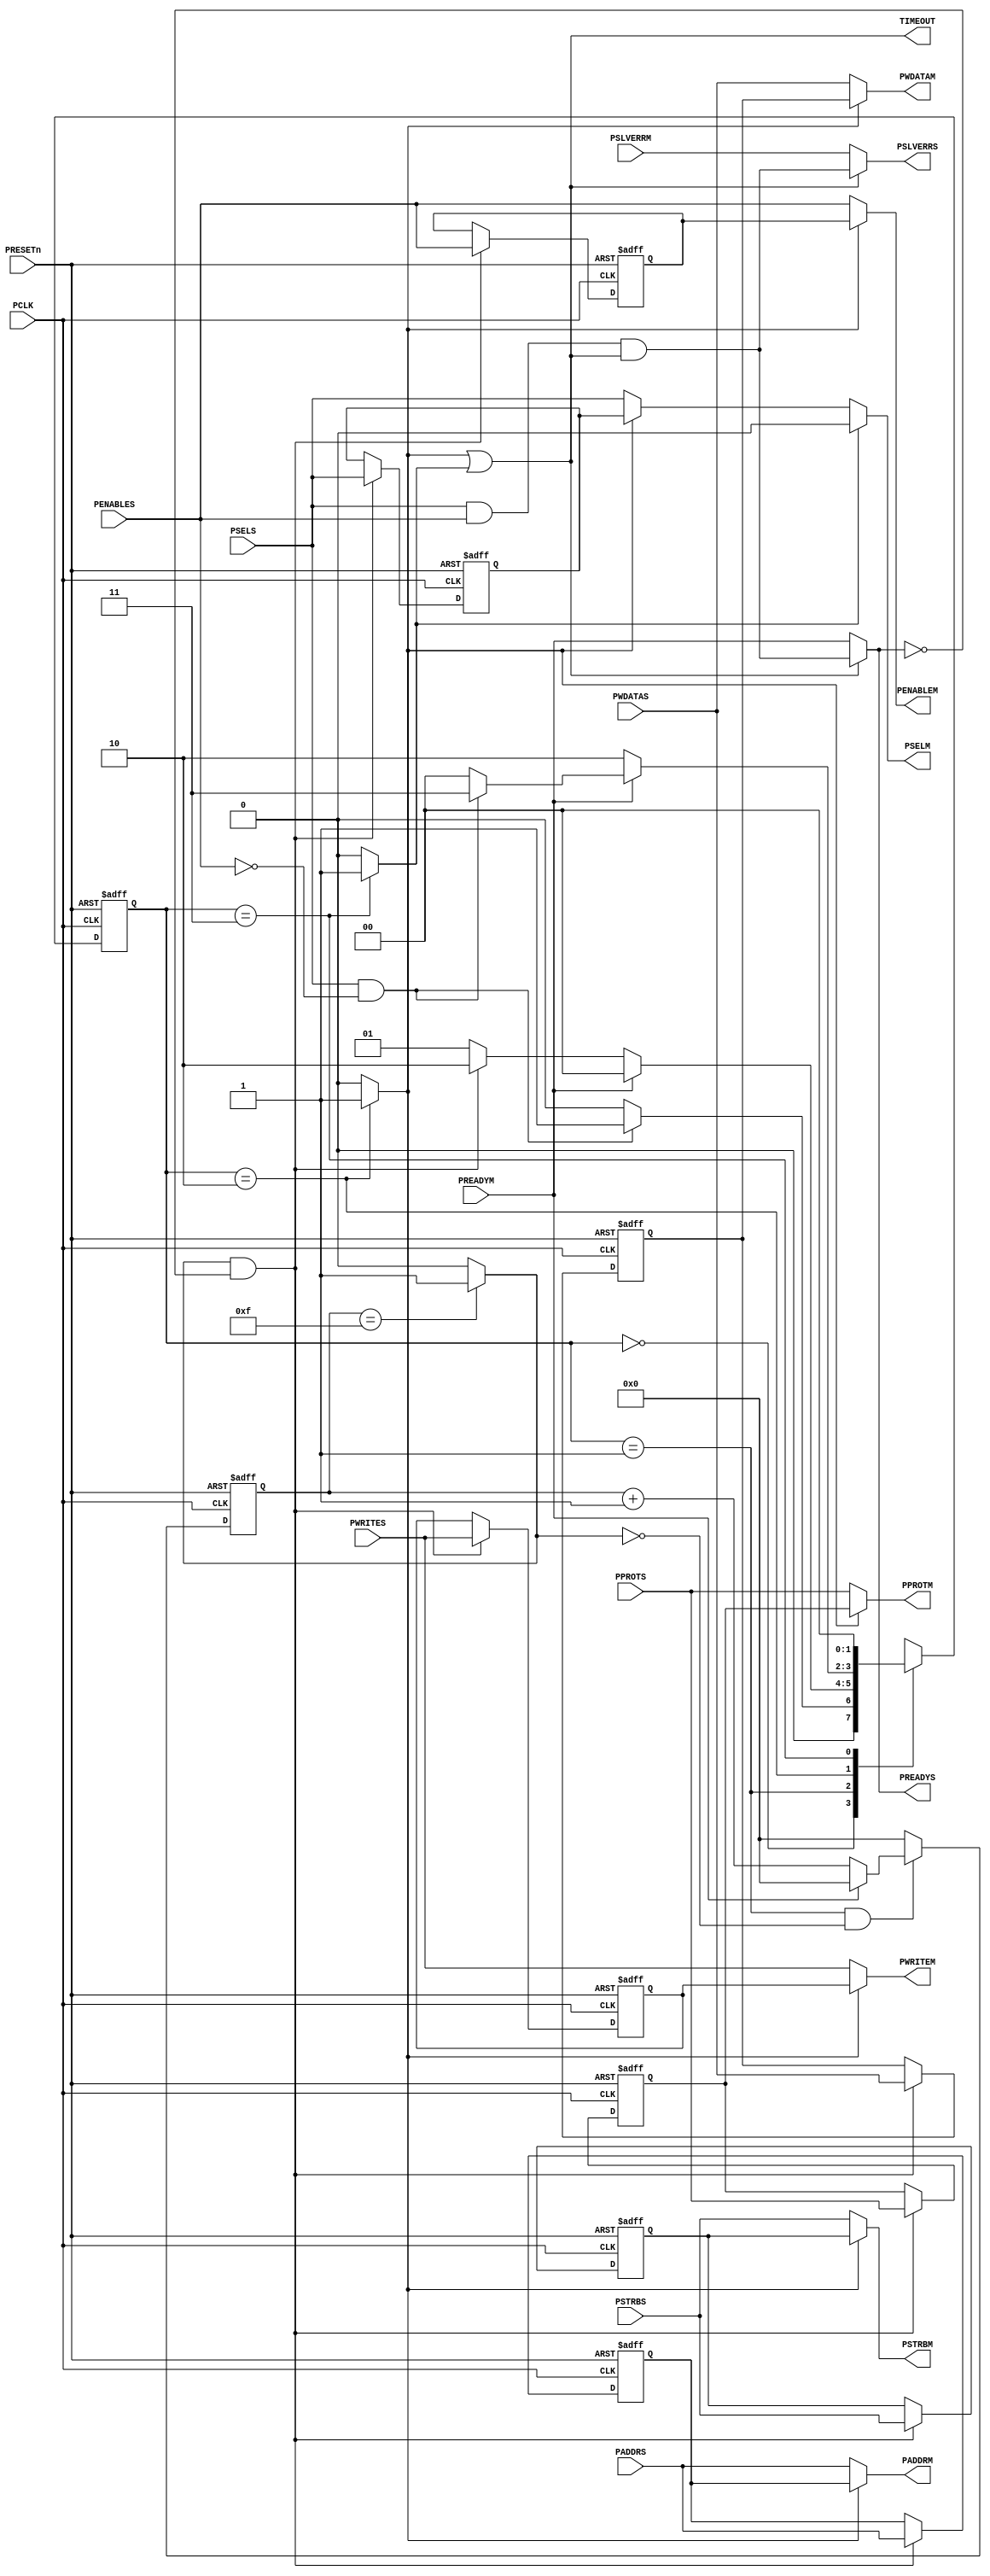
//-----------------------------------------------------------------------------
// The confidential and proprietary information contained in this file may
// only be used by a person authorised under and to the extent permitted
// by a subsisting licensing agreement from ARM Limited.
//
//            (C) COPYRIGHT 2010-2013 ARM Limited.
//                ALL RIGHTS RESERVED
//
// This entire notice must be reproduced on all copies of this file
// and copies of this file may only be made by a person if such person is
// permitted to do so under the terms of a subsisting license agreement
// from ARM Limited.
//
//      SVN Information
//
//      Checked In          : $Date: 2013-01-09 12:55:25 +0000 (Wed, 09 Jan 2013) $
//
//      Revision            : $Revision: 233070 $
//
//      Release Information : Cortex-M System Design Kit-r1p0-00rel0
//
//-----------------------------------------------------------------------------
//-----------------------------------------------------------------------------
// Abstract : APB time out monitor module, used to monitor the slave's PREADY singal.
//            When the PREADY signal is not active for a pre-defined cycle, the time out
//            monitor will issue an error response to the master and block the access to
//            the slave. The timeout monitor will unblock the slave if a ready signal is
//            issued from the slave
//-----------------------------------------------------------------------------

module cmsdk_apb_timeout_mon #(
//--------------------------------------------------------------------------------------------
// Parameters
//--------------------------------------------------------------------------------------------

parameter      ADDRWIDTH      = 12,  //APB slave address width
parameter      TIME_OUT_VALUE = 16)  //The number of cycles of wait state to triger the timeout, must be greater
                                     // than 2 and less than 1024
 (
//--------------------------------------------------------------------------------------------
// IO delcaration
//--------------------------------------------------------------------------------------------

  input  wire                  PCLK,
  input  wire                  PRESETn,

//Signals connect APB master to timeout monitor
  input  wire                  PSELS,
  input  wire                  PENABLES,
  input  wire [ADDRWIDTH-1:0]  PADDRS,
  input  wire [2:0]            PPROTS,    //APB protect signal
  input  wire                  PWRITES,
  input  wire [31:0]           PWDATAS,
  input  wire [3:0]            PSTRBS,    //APB byte strobe signal

  output wire                  PREADYS,   //slave ready signal
  output wire                  PSLVERRS,  //slave error siganl

//Signals connect timeout monitor to APB slave
  output wire                  PSELM,
  output wire                  PENABLEM,
  output wire [ADDRWIDTH-1:0]  PADDRM,
  output wire [2:0]            PPROTM,    //APB protect signal
  output wire                  PWRITEM,
  output wire [31:0]           PWDATAM,
  output wire [3:0]            PSTRBM,    //APB byte strobe signal

  input  wire                  PREADYM,   //slave ready signal
  input  wire                  PSLVERRM,  //slave error signals

//TIMEOUT indicator
  output wire                  TIMEOUT);  //Timeout signal, indicate slave is in timeout state

//--------------------------------------------------------------------------------------------
// Local Parameters
//--------------------------------------------------------------------------------------------
localparam     ARM_TIMEOUT_COUNT_WIDTH =        //Timout counter width, maximum 10
                             (TIME_OUT_VALUE <= 16)  ?  4 :
                             (TIME_OUT_VALUE <= 32)  ?  5 :
                             (TIME_OUT_VALUE <= 64)  ?  6 :
                             (TIME_OUT_VALUE <= 128) ?  7 :
                             (TIME_OUT_VALUE <= 256) ?  8 :
                             (TIME_OUT_VALUE <= 512) ?  9 : 10;


//--------------------------------------------------------------------------------------------
// Internal signals
//--------------------------------------------------------------------------------------------

//Local parameter for main control FSM
localparam         ARM_TIMEOUT_WAIT_IDLE           = 2'b00,
                   ARM_TIMEOUT_WAIT_CNT            = 2'b01,
                   ARM_TIMEOUT_WAIT_TIMEOUT        = 2'b10,
                   ARM_TIMEOUT_WAIT_TIMEOUT_DELAY  = 2'b11;



//Locked APB transfer control signals from master to slvae
wire               lock_en;             //Lock enable signal, only valid for the first
                                        // cycle when the main control FSM enter TIMEOUT state

reg                locked_psels;
reg                locked_penables;
reg[ADDRWIDTH-1:0] locked_paddrs;
reg[2:0]           locked_pprots;      //APB protect signal
reg                locked_pwrites;
reg[31:0]          locked_pwdatas;
reg[3:0]           locked_pstrbs;      //APB byte strobe signal


//Muxing control signals
wire               timeout_sel_s;      //timeout control signal for muxing the correct
                                       // slave output signal to master
wire               timeout_sel_m;      //timeout control signal for muxing the correct
                                       // master output signal to slave

//wait state counter FSM and counter signals
reg [1:0]          timeout_fsm_state;           //wait state FSM current state register
reg [1:0]          timeout_fsm_state_nxt;       //wait state FSM next state register

reg [ARM_TIMEOUT_COUNT_WIDTH-1:0]  timeout_cnt;        // wait state counter
reg [ARM_TIMEOUT_COUNT_WIDTH-1:0]  nxt_timeout_cnt;    // next state for wait state counter
wire[ARM_TIMEOUT_COUNT_WIDTH-1:0]  timeout_cnt_inc1;   // wait state counter increase 1
wire               reach_timeout_thrhold;              // Counter reach the timeout threshhold
wire               enter_timeout;                      // Enter timeout state control signal



//Error response signal generated by timeout monitor
wire               err_resp_ready;             //Fake ready signal from timeout monitor
wire               err_resp_slverr;            //Fake response signal from timeout monitor

//timeout signals
wire               timeout_main;               //indicate main ctonrl FSM in TIMEOUT state
wire               timeout_delay;              //indicate main ctonrl FSM in TIMEOUT Delay state

//--------------------------------------------------------------------------------------------
// module logic start
//--------------------------------------------------------------------------------------------


//--------------------------------------------------------------------------------------------
// Main control FSM
//--------------------------------------------------------------------------------------------

assign            reach_timeout_thrhold = (timeout_cnt== (TIME_OUT_VALUE-1))? 1'b1:1'b0;

assign            enter_timeout         = ((reach_timeout_thrhold)&(PREADYS==1'b0));
                                //Reach the time out threshhold and no ready signal

//WAIT STATE FSM, state update
always @(posedge PCLK or negedge PRESETn)
begin
  if (~PRESETn)
     timeout_fsm_state <= ARM_TIMEOUT_WAIT_IDLE;
  else
     timeout_fsm_state <= timeout_fsm_state_nxt;
end


//WAIT STATE FSM, next state generation
always @(timeout_fsm_state or PSELS or PENABLES or enter_timeout or PREADYM)
begin
  case (timeout_fsm_state)
     ARM_TIMEOUT_WAIT_IDLE:                        //Current IDLE state
           begin
              timeout_fsm_state_nxt =  ((PSELS==1'b1) & (PENABLES==1'b0)) ?
                                       ARM_TIMEOUT_WAIT_CNT :  //If there is a active transfer request, jump to WAIT_CNT
                                       ARM_TIMEOUT_WAIT_IDLE; //If false, stay in the IDLE state

           end
     ARM_TIMEOUT_WAIT_CNT:                        //Currrent WAIT_CNT state
           begin
              timeout_fsm_state_nxt =  (PREADYM == 1'b1) ?       ARM_TIMEOUT_WAIT_IDLE:
                                       (enter_timeout == 1'b1)?  ARM_TIMEOUT_WAIT_TIMEOUT:
                                        ARM_TIMEOUT_WAIT_CNT;
           end

     ARM_TIMEOUT_WAIT_TIMEOUT:                   //Currrent TIMEOUT state
           begin
              timeout_fsm_state_nxt = (PREADYM == 1'b1)? // When slave give a reaady signal, Jump to IDLE
                                                 // state, or DELAY state,
                                       (((PSELS==1'b1) &(PENABLES==1'b0)) ? // if APB is on its SETUP phase, jump to DELAY state
                                          ARM_TIMEOUT_WAIT_TIMEOUT_DELAY:
                                          ARM_TIMEOUT_WAIT_IDLE):
                                          ARM_TIMEOUT_WAIT_TIMEOUT;
           end
     ARM_TIMEOUT_WAIT_TIMEOUT_DELAY:     //Currrent TIMEOUT DELAY state, go to IDLE next cycle
           begin
              timeout_fsm_state_nxt = ARM_TIMEOUT_WAIT_IDLE;
           end
      default:
           timeout_fsm_state_nxt = 2'bxx;   //default next state
  endcase
end

//--------------------------------------------------------------------------------------------
// Wait cycles counter
//--------------------------------------------------------------------------------------------

assign     timeout_cnt_inc1 = timeout_cnt + 1'b1; //Increasement counter

  // Generate next state for timeout_cnt
always @(timeout_fsm_state or reach_timeout_thrhold or PREADYM or timeout_cnt_inc1)
  begin
  if ((timeout_fsm_state == ARM_TIMEOUT_WAIT_CNT) // Counter will only be enabled in the WAIT_CNT state
       & (reach_timeout_thrhold == 1'b0))
     begin
       if ((PREADYM==1'b1) )                     // If transfer is finishing, reset counter
         nxt_timeout_cnt = ({ARM_TIMEOUT_COUNT_WIDTH{1'b0}});
       else                                      // transfer is on going, increment counter
         nxt_timeout_cnt = timeout_cnt_inc1;
     end
  else                                           // No transfer going on
     nxt_timeout_cnt = ({ARM_TIMEOUT_COUNT_WIDTH{1'b0}});
  end

// Registering timeout_cnt
always @ (posedge PCLK or negedge PRESETn)
begin
  if (~PRESETn)
      timeout_cnt <= {ARM_TIMEOUT_COUNT_WIDTH{1'b0}};
  else
      timeout_cnt <= nxt_timeout_cnt;

end

//--------------------------------------------------------------------------------------------
//Faked error response from timeout monitor
//--------------------------------------------------------------------------------------------
//always response ready signal when in TIMEOUT state and a valid APB transfer occure
assign          err_resp_ready = PSELS & PENABLES & TIMEOUT;

//always response error when err_resp_ready is valid
assign          err_resp_slverr= err_resp_ready;


//--------------------------------------------------------------------------------------------
// Lock control signals when entering TIMEOUT state
//--------------------------------------------------------------------------------------------

//lock the APB master to slave signals when entering TIMEOUT state

assign       lock_en = enter_timeout;

always @(posedge PCLK or negedge PRESETn)
begin
  if (~PRESETn)
    begin
      locked_psels    <= 1'b0;
      locked_penables <= 1'b0;
      locked_paddrs   <= {ADDRWIDTH{1'b0}};
      locked_pprots   <= {3{1'b0}};
      locked_pwrites  <= 1'b0;
      locked_pwdatas  <= {32{1'b0}};
      locked_pstrbs   <= {4{1'b0}};
    end
  else if (lock_en) //Lock the current APB slave control signals
    begin
      locked_psels    <= PSELS;
      locked_penables <= PENABLES;
      locked_paddrs   <= PADDRS;
      locked_pprots   <= PPROTS;
      locked_pwrites  <= PWRITES;
      locked_pwdatas  <= PWDATAS;
      locked_pstrbs   <= PSTRBS;
    end
end


//--------------------------------------------------------------------------------------------
// Signal select when in time out state
//--------------------------------------------------------------------------------------------

//TIMEOUT control signals
assign       timeout_main  = (timeout_fsm_state == ARM_TIMEOUT_WAIT_TIMEOUT) ? 1'b1:1'b0;

assign       timeout_delay = (timeout_fsm_state == ARM_TIMEOUT_WAIT_TIMEOUT_DELAY) ? 1'b1:1'b0;

assign       TIMEOUT       = (timeout_main | timeout_delay);

//muxing control signal generation for the signals to APB slave
assign       timeout_sel_s = (TIMEOUT);       // when in TIMEOUT and TIMEOUT_DELAY state

//muxing control signal generation for the signals to APB master
assign       timeout_sel_m = (timeout_main);  // When in TIMEOUT state


//Assign signals to slave

assign       PSELM     = (timeout_delay==1'b1)? 1'b0:((timeout_sel_m==1'b1)?
                          locked_psels : PSELS);
                          // Force to 0 when in TIMEOUT Delay state

assign       PENABLEM  = (timeout_sel_m==1'b1)? locked_penables : PENABLES;
assign       PADDRM    = (timeout_sel_m==1'b1)? locked_paddrs : PADDRS;
assign       PPROTM    = (timeout_sel_m==1'b1)? locked_pprots : PPROTS;
assign       PWRITEM   = (timeout_sel_m==1'b1)? locked_pwrites : PWRITES;
assign       PWDATAM   = (timeout_sel_m==1'b1)? locked_pwdatas : PWDATAS;
assign       PSTRBM    = (timeout_sel_m==1'b1)? locked_pstrbs : PSTRBS;

//Assign signals to master
assign       PREADYS   = (timeout_sel_s==1'b1)? err_resp_ready: PREADYM;
assign       PSLVERRS  = (timeout_sel_s==1'b1)? err_resp_slverr: PSLVERRM;




//--------------------------------------------------------------------------------------------
// Module logic end
//--------------------------------------------------------------------------------------------
`ifdef ARM_APB_ASSERT_ON

  `include "std_ovl_defines.h"
  // ------------------------------------------------------------
  // Assertions
  // ------------------------------------------------------------

  //Check when TIMEOUT is assert, the timeout monitor will give error response
   assert_implication
    #(`OVL_ERROR,
      `OVL_ASSERT,
      "when TIMEOUT is valid, timeout monitor shoud give error response"
      )
     u_ovl_apb_timeout_err_resp
     (.clk             (PCLK),
      .reset_n         (PRESETn),
      .antecedent_expr ( (TIMEOUT==1'b1) &  PSELS & PENABLES & PREADYS ),
      .consequent_expr ( PSLVERRS==1'b1)
      );


  //Check when TIMEOUT is assert, if PREADYM is valid, the TIMEOUT shoudl be deasserted after 1 or 2 cycles
  assert_next
    #(`OVL_ERROR, 2,1,0,
      `OVL_ASSERT,
      "when TIMEOUT is valid, slave PREADYM signal can trigger the timeout monitor jump out timeout state after 1 or 2 cycles"
      )
    u_ovl_apb_timeout_deassert
    (.clk         (PCLK ),
     .reset_n     (PRESETn),
     .start_event ((TIMEOUT==1'b1) & (PREADYM == 1'b1)),
     .test_expr   (TIMEOUT==1'b0)
     );

  //Internal coutner value will not greater than timeout threshhold
  assert_never
     #(`OVL_ERROR,
       `OVL_ASSERT,
       "Timeout counter exceed threshhold value!")
    u_ovl_apb_timeout_cnt_exceed
     (.clk       (PCLK),
      .reset_n   (PRESETn),
      .test_expr ((timeout_cnt >= TIME_OUT_VALUE))
      );


  //  Time out configuration range check
   assert_never
     #(`OVL_FATAL,`OVL_ASSERT,
       "Time Out configuration (TIME_OUT_VALUE) should be >2 and <=1024")
   u_ovl_timeout_cfg
     (.clk(PCLK), .reset_n(PRESETn),
      .test_expr((TIME_OUT_VALUE>1024)|(TIME_OUT_VALUE<2))
      );

`endif


endmodule